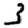
Digit: 3